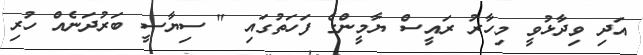
އަދި ވިދާޅުވީ މިހާރު ރައީސް ޔާމީންގެ ފަހަތުގައި " ސިޔާސީ ބަރުދަނެއް ހުރި